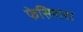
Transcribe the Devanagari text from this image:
फेसियाटा